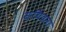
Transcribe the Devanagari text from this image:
सयिदना